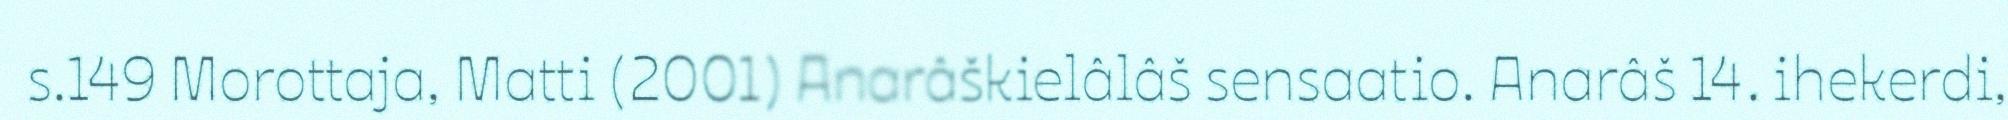
s.149 Morottaja, Matti (2001) Anarâškielâlâš sensaatio. Anarâš 14. ihekerdi,